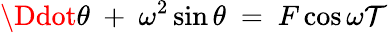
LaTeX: \Ddot{\theta}\ +\ \omega^{2}\sin{\theta}\ =\ F\cos{\omega\mathcal{T}}